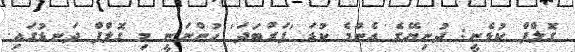
ގޮލްފް ކުޅެނީ: ދުނިޔޭގެ އެންމެ ކުޑަ 'ފަރުބަދަ' ހުންނަނީ މި ގޮލްފް ދަނޑުގައި.